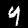
Label: 4